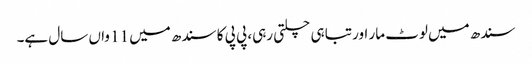
سندھ میں لوٹ مار اور تباہی چلتی رہی، پی پی کا سندھ میں 11 واں سال ہے۔